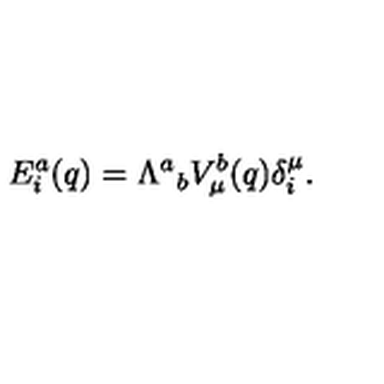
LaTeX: E _ { i } ^ { a } ( q ) = { \Lambda ^ { a } } _ { b } V _ { \mu } ^ { b } ( q ) \delta _ { i } ^ { \mu } .